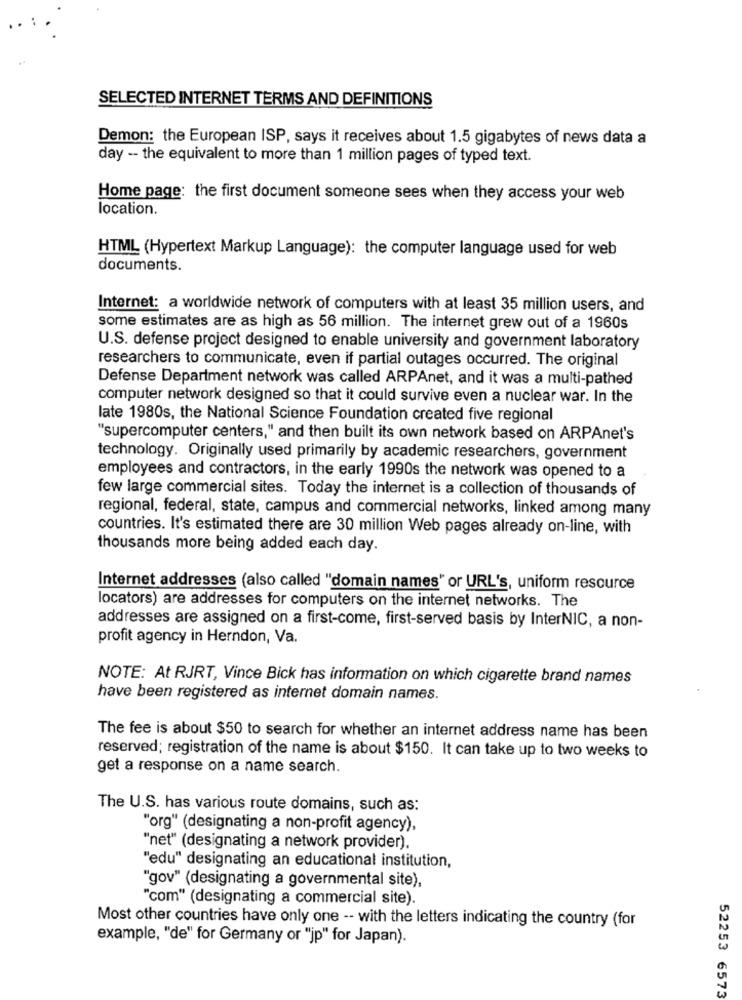
SELECTED INTERNET TERMS AND DEFINITIONS
Demon: the European ISP, says it receives about 1.5 gigabytes of news data a
day -- the equivalent to more than 1 million pages of typed text.
Home page: the first document someone sees when they access your web
location.
HTML (Hypertext Markup Language): the computer language used for web
documents.
Internet: a worldwide network of computers with at least 35 million users, and
some estimates are as high as 56 million. The internet grew out of a 1960s
U.S. defense project designed to enable university and government laboratory
researchers to communicate, even if partial outages occurred. The original
Defense Department network was called ARPAnet, and it was a multi-pathed
computer network designed so that it could survive even a nuclear war. In the
late 1980s, the National Science Foundation created five regional
"supercomputer centers," and then built its own network based on ARPAnet's
technology. Originally used primarily by academic researchers, government
employees and contractors, in the early 1990s the network was opened to a
few large commercial sites. Today the internet is a collection of thousands of
regional, federal, state, campus and commercial networks, linked among many
countries. It's estimated there are 30 million Web pages already on-line, with
thousands more being added each day.
Internet addresses (also called "domain names" or URL's, uniform resource
locators) are addresses for computers on the internet networks. The
addresses are assigned on a first-come, first-served basis by InterNIC, a non-
profit agency in Herndon, Va.
NOTE: At RJRT, Vince Bick has information on which cigarette brand names
have been registered as internet domain names.
The fee is about $50 to search for whether an internet address name has been
reserved; registration of the name is about $150. It can take up to two weeks to
get a response on a name search.
The U.S. has various route domains, such as:
"org" (designating a non-profit agency),
"net" (designating a network provider).
"edu" designating an educational institution,
"gov" (designating a governmental site),
"com" (designating a commercial site).
Most other countries have only one -- with the letters indicating the country (for
example, "de" for Germany or "jp" for Japan).
52253 6573